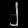
Digit: ၂